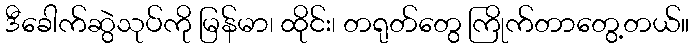
ဒီခေါက်ဆွဲသုပ်ကို မြန်မာ၊ ထိုင်း၊ တရုတ်တွေ ကြိုက်တာတွေ့တယ်။